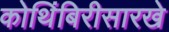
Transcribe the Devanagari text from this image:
कोथिंबिरीसारखे